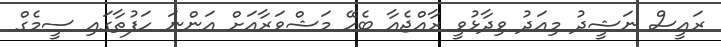
ރައީސް ނަޝީދު މިއަދު ވިދާޅުވީ ރާއްޖެއާ ބެހޭ މަޝްވަރާއަށް އަންނަ ހަފުތާގައި ސީމެގް